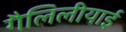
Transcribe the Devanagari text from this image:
गैलिलीयाई